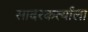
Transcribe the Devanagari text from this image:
सादरकर्त्यांला